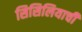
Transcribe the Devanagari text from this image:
सिसिलियाची